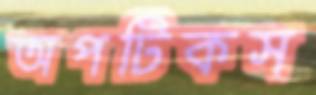
অপটিকস